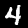
Digit: 4